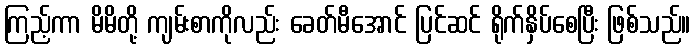
ကြည့်ကာ မိမိတို့ ကျမ်းစာကိုလည်း ခေတ်မီအောင် ပြင်ဆင် ရိုက်နှိပ်စေပြီး ဖြစ်သည်။